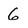
Character: 6